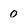
Character: 0